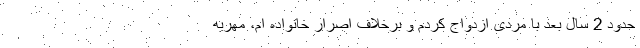
حدود 2 سال بعد با مردی ازدواج کردم و برخلاف اصرار خانواده ام، مهریه